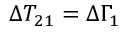
\Delta T _ { 2 1 } = \Delta \Gamma _ { 1 }